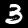
Label: 3